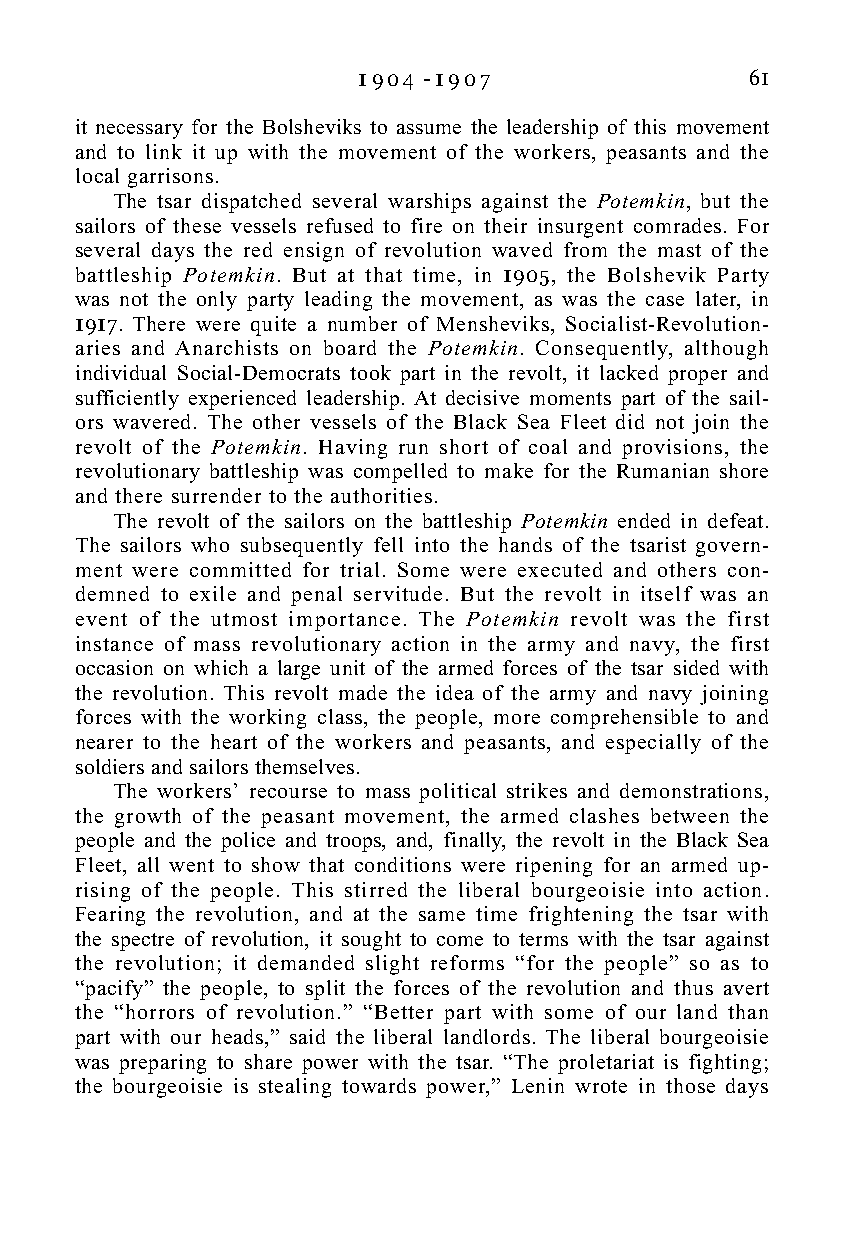
1 9 0 4 - 1 9 0 7         61
 it necessary for the Bolsheviks to assume the leadership of this movement
 and to link it up with the movement of the workers, peasants and the
 local garrisons.
 The tsar dispatched several warships against the Potemkin, but the
 sailors of these vessels refused to fire on their insurgent comrades. For
 several days the red ensign of revolution waved from the mast of the
 battleship Potemkin. But at that time, in 1905, the Bolshevik Party
 was not the only party leading the movement, as was the case later, in
 1917. There were quite a number of Mensheviks, Socialist-Revolution-
 aries and Anarchists on board the Potemkin. Consequently, although
 individual Social-Democrats took part in the revolt, it lacked proper and
 sufficiently experienced leadership. At decisive moments part of the sail-
 ors wavered. The other vessels of the Black Sea Fleet did not join the
 revolt of the Potemkin. Having run short of coal and provisions, the
 revolutionary battleship was compelled to make for the Rumanian shore
 and there surrender to the authorities.
 The revolt of the sailors on the battleship Potemkin ended in defeat.
 The sailors who subsequently fell into the hands of the tsarist govern-
 ment were committed for trial. Some were executed and others con-
 demned to exile and penal servitude. But the revolt in itself was an
 event of the utmost importance. The Potemkin revolt was the first
 instance of mass revolutionary action in the army and navy, the first
 occasion on which a large unit of the armed forces of the tsar sided with
 the revolution. This revolt made the idea of the army and navy joining
 forces with the working class, the people, more comprehensible to and
 nearer to the heart of the workers and peasants, and especially of the
 soldiers and sailors themselves.
 The workers’ recourse to mass political strikes and demonstrations,
 the growth of the peasant movement, the armed clashes between the
 people and the police and troops, and, finally, the revolt in the Black Sea
 Fleet, all went to show that conditions were ripening for an armed up-
 rising of the people. This stirred the liberal bourgeoisie into action.
 Fearing the revolution, and at the same time frightening the tsar with
 the spectre of revolution, it sought to come to terms with the tsar against
 the revolution; it demanded slight reforms “for the people” so as to
 “pacify” the people, to split the forces of the revolution and thus avert
 the “horrors of revolution.” “Better part with some of our land than
 part with our heads,” said the liberal landlords. The liberal bourgeoisie
 was preparing to share power with the tsar. “The proletariat is fighting;
 the bourgeoisie is stealing towards power,” Lenin wrote in those days